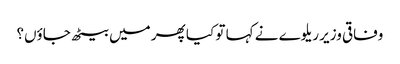
وفاقی وزیر ریلوے نے کہا تو کیا پھر میں بیٹھ جاؤں؟